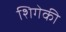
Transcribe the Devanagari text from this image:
शिगेकी